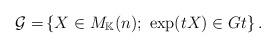
LaTeX: \begin{align*}\mathcal{G=}\left\{ X\in M_{\mathbb{K}}(n); \ \exp (tX)\in Gt\right\}. \end{align*}